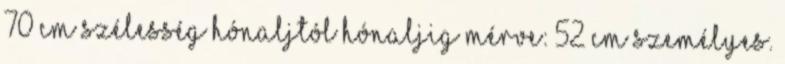
70 cm Szélesség hónaljtól hónaljig mérve: 52 cm Személyes.